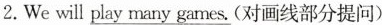
2.We will play many games.(对画线部分提问)